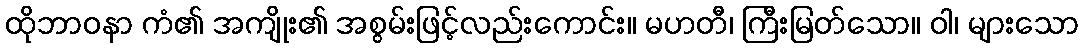
ထိုဘာဝနာ ကံ၏ အကျိုး၏ အစွမ်းဖြင့်လည်းကောင်း။ မဟတီ၊ ကြီးမြတ်သော။ ဝါ၊ များသော